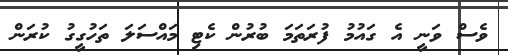
ވެސް ވަނީ އެ ގައުމު ފުރަތަމަ ބުރުން ކެޓި މައްސަލަ ތަހުގީގު ކުރަން